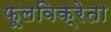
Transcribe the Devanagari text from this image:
फूलविक्रेता